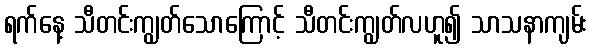
ရက်နေ့ သီတင်းကျွတ်သောကြောင့် သီတင်းကျွတ်လဟူ၍ သာသနာကျမ်း